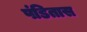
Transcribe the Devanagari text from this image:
पंडितास